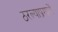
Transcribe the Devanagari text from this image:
ठरल्याप्रमाणें